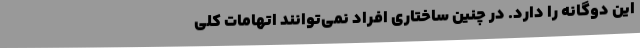
این دوگانه را دارد. در چنین ساختاری افراد نمی‌توانند اتهامات کلی